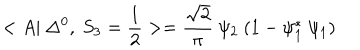
< A | ~ \Delta ^ { 0 } , ~ S _ { 3 } = \frac { 1 } { 2 } > = \frac { \sqrt { 2 } } { \pi } ~ \psi _ { 2 } ~ ( 1 - \psi _ { 1 } ^ { * } ~ \psi _ { 1 } )